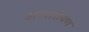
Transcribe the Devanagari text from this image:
अन्यारोपण